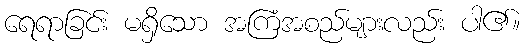
ရေရာခြင်း မရှိသော အကြံအစည်များလည်း ပါ၏။